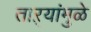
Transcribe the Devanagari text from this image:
ताऱ्यांमुळे